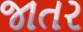
જાતર